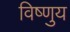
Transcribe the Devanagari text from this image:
विष्णुय